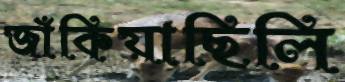
জাঁকিয়াছিলি